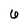
Character: 6